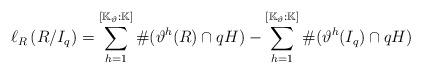
LaTeX: \begin{align*} \ell_{R}\left(R/{I_{q}}\right)=\sum_{h=1}^{[\mathbb{K}_{\vartheta}: \mathbb{K}]} \# (\vartheta^{h}(R) \cap qH) - \sum_{h=1}^{[\mathbb{K}_{\vartheta}: \mathbb{K}]} \# (\vartheta^{h}(I_{q}) \cap qH) \end{align*}